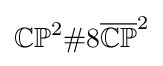
\mathbb {CP} ^{2}\#8{\overline {\mathbb {CP} }}^{2}